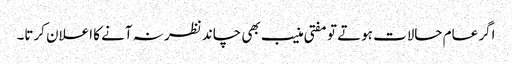
اگر عام حالات ہوتے تو مفتی منیب بھی چاند نظر نہ آنے کا اعلان کرتا۔